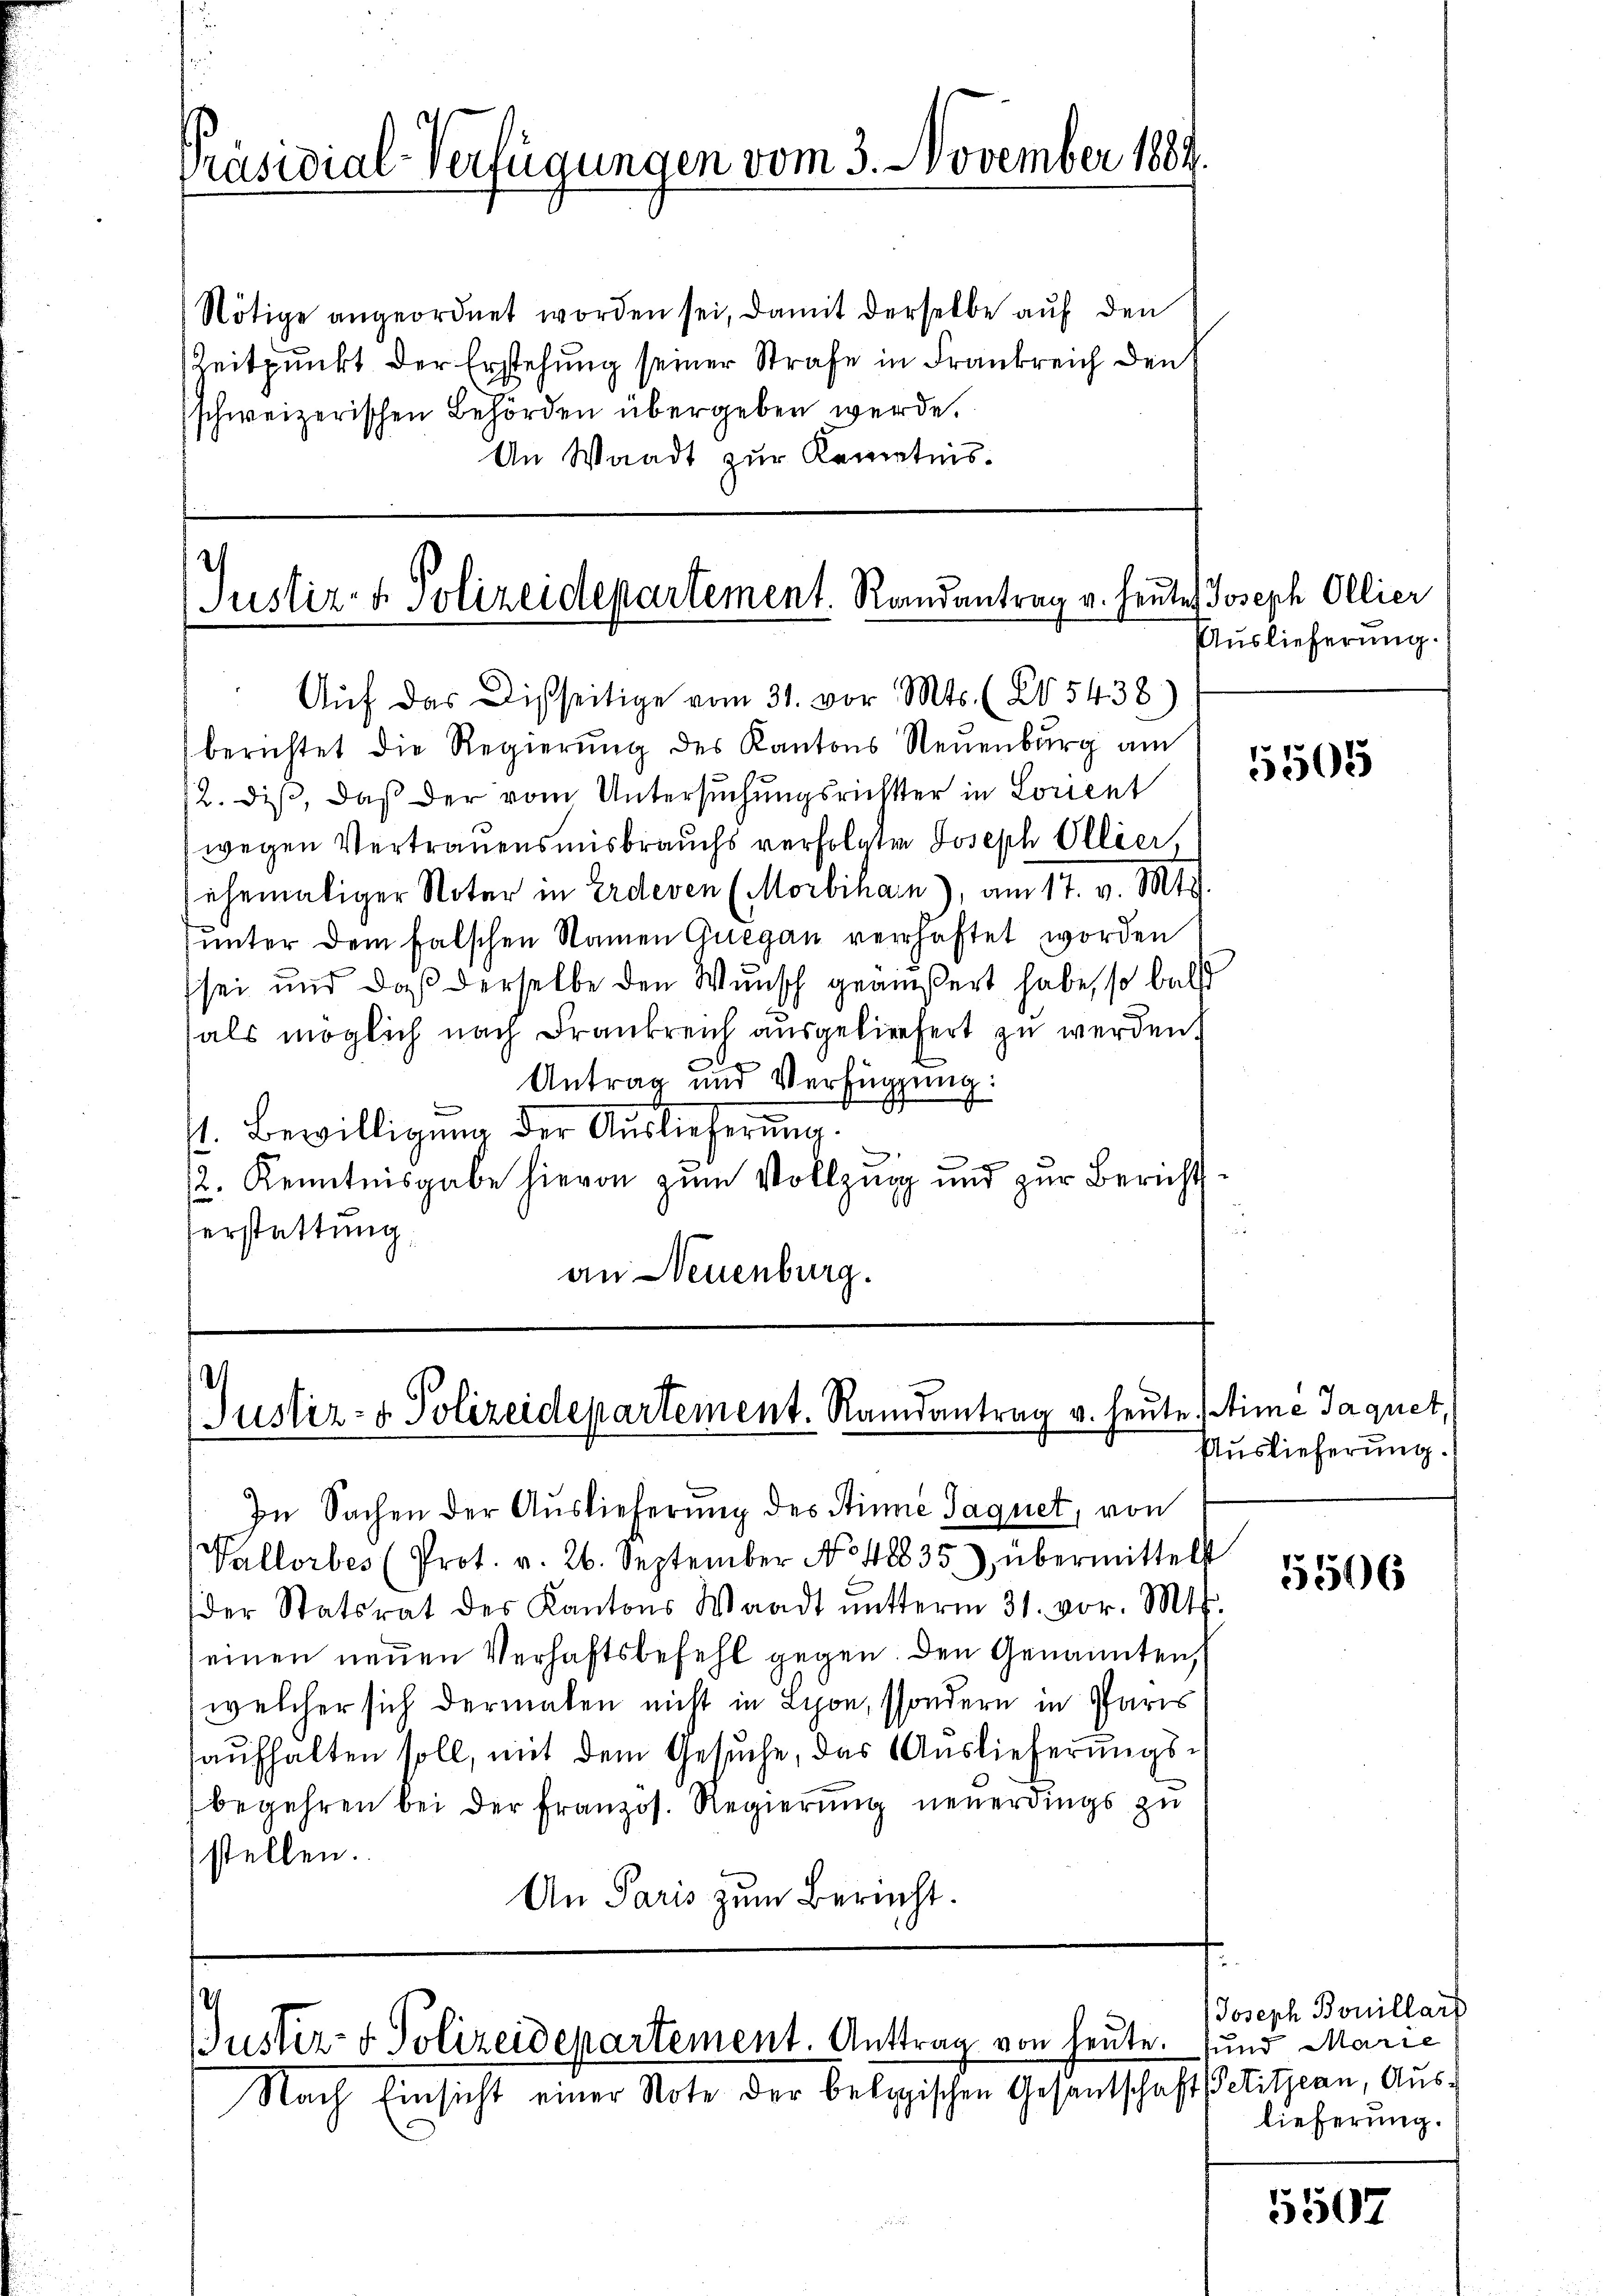
Präsidial-Verfügungen vom 3. November 1884

Nötige angeordnet worden sei, damit derselbe auf den
Zeitpunkt der Erstehung seiner Strafe in Frankreich den
schweizerischen Behörden übergeben werde.
An Waadt zur Kenntnis.

Justiz- & Polizeidepartement. Randantrag u. heute

ehemaliger Noter in Erdeven (Morbihan), am 17. v. Mts.
unter dem falschen Namen Quegan verhaftet worden
sei und daß derselbe den Wunsch geäußert habe, so bald
als möglich nach Drankreich ausgeliefert zu werden.
Antrag und Verfügung:
d
st. Bewilligung der Auslieferung.
12. Kenntnisgabe hievon zum Vollzung und zur Berichtsherstattung
an Neuenburg.

Aŭf das Disseitige vom 31. vor. Mts. (25438)
berichtet die Regierung des Kantons Neuenburg am
12. diß, daß der vom Untersuchungsrichter in Lorient
wegen Vertrauensmisbrauchs verfolgten Joseph Ollier,

.
Justiz- & Polizeidepartement. Randantrag v. heute Mime Jaquet,

In Sachen der Auslieferung des Stinie Jaquet, von
Vallorbes (Prot. v. 26. September No. 48835) übermittelst
der Statsrat des Kantons Waadt ŭnterm 31. vor. Mts.
einen neuen Verhaftsbefehl gegen. Den Genannten,
(welcher sich dermalen nicht in Lion, sondern in Paris
haŭfhalten soll, mit dem Gesŭche, das Auslieferungsbegehren bei der Französ. Regierung neuerdings zu
stellen.
An Paris zum Berecht.

.
Justiz- & Polizeidepartement. Antrag von heute.
Nach Einsicht einer Note der belogischen Gesandtschaft Petitzian, Aus¬

Joseph Ollier
Auslieferung.

5505

Auslieferung.

5506

Joseph Bouillar
und Marie
lieferung.

5507